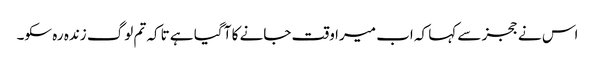
اس نے ججز سے کہا کہ اب میرا وقت جانے کا آ گیا ہے تاکہ تم لوگ زندہ رہ سکو۔